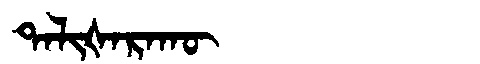
Manchu: ᡨᠠᠯᡳᡧᠠᡵᠠᡴᡡ
Romanization: TALIŠARAKŪ